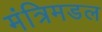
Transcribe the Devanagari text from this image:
मंत्रिमडल